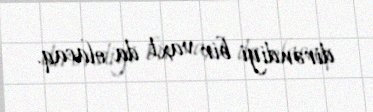
dirəndiyi bir vaxt da olacaq.